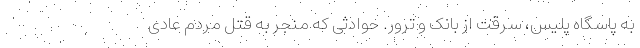
به پاسگاه پلیس، سرقت از بانک و ترور. حوادثی که منجر به قتل مردم عادی